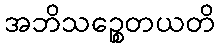
အဘိသဉ္စေတယတိ